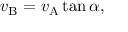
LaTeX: v _ { \mathrm { B } } = v _ { \mathrm { A } } \tan \alpha ,